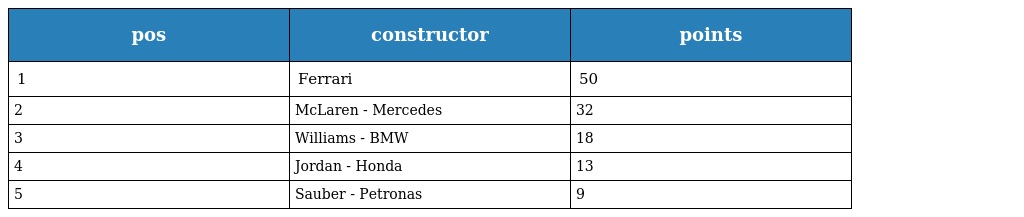
| pos | constructor | points |
 | --- | --- | --- |
 | 1 | Ferrari | 50 |
 | 2 | McLaren - Mercedes | 32 |
 | 3 | Williams - BMW | 18 |
 | 4 | Jordan - Honda | 13 |
 | 5 | Sauber - Petronas | 9 |